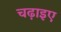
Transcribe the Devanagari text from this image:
चढ़ाइए